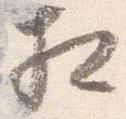
相